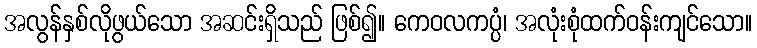
အလွန်နှစ်လိုဖွယ်သော အဆင်းရှိသည် ဖြစ်၍။ ကေဝလကပ္ပံ၊ အလုံးစုံထက်ဝန်းကျင်သော။